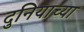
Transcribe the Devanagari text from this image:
दुनियाच्या